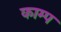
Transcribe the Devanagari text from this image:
काम्प